Document type: Emphyteutic lease
Year: 1316
Scribe: Guillem de Vila
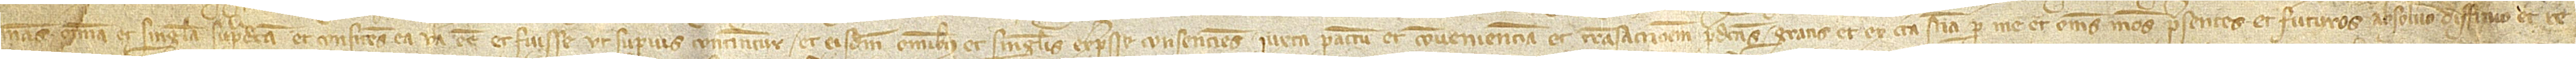
mans omnia et singula supradicta, et confitens ea vera esse et fuisse ut superius continetur, et eisdem omnibus et singulis expresse consenciens iuxra pactum et convenienciam et transaccionem predictas, gratis et ex certa sciencia per me et omnes meos presentes et futuros absolvo, diffinio et re-